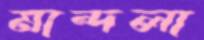
মান্দলা